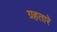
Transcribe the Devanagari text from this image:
ग्रहतारे